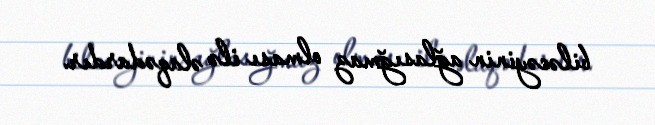
biləcəyinin ağlasığmaz olması ilə əlaqədardır.